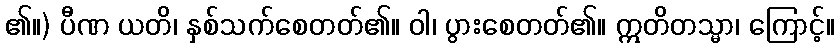
၏။) ပီဏ ယတိ၊ နှစ်သက်စေတတ်၏။ ဝါ၊ ပွားစေတတ်၏။ ဣတိတသ္မာ၊ ကြောင့်။